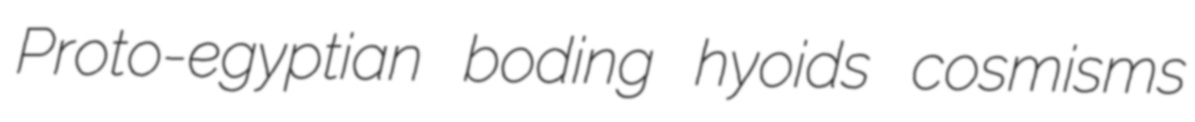
Proto-egyptian boding hyoids cosmisms